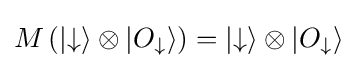
M\left(|{\downarrow }\rangle \otimes |O_{\downarrow }\rangle \right)=|{\downarrow }\rangle \otimes |O_{\downarrow }\rangle